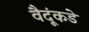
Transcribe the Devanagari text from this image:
वैदूंकडे